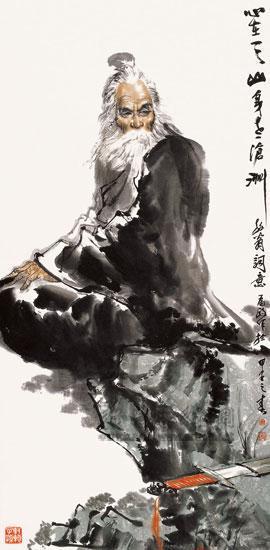
胡未灭，鬓先秋。泪空流。